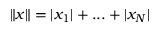
\| x \| = | x _ { 1 } | + . . . + | x _ { N } |